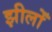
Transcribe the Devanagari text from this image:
झीलोँ